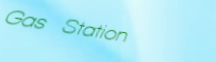
Gas Station